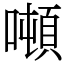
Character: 噸